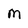
Character: m